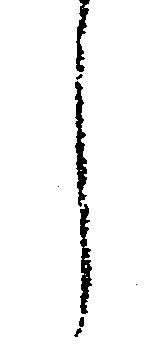
し